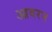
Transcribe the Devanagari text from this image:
आवरन